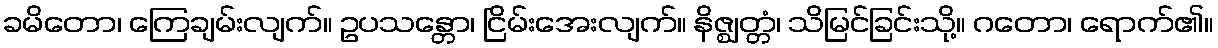
ခမိတော၊ ကြေချမ်းလျက်။ ဥပသန္တော၊ ငြိမ်းအေးလျက်။ နိဇ္ဈတ္တံ၊ သိမြင်ခြင်းသို့။ ဂတော၊ ရောက်၏။